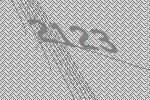
2123